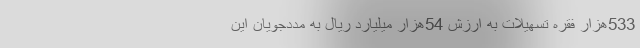
533هزار فقره تسهیلات به ارزش 54هزار میلیارد ریال به مددجویان این